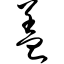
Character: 盖